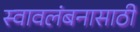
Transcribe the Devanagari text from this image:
स्वावलंबनासाठी